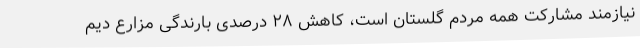
نیازمند مشارکت همه مردم گلستان است، کاهش ۲۸ درصدی بارندگی مزارع دیم